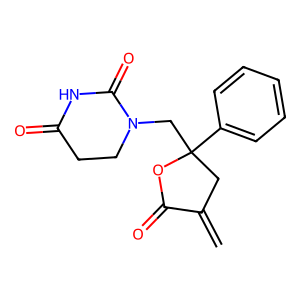
SMILES: C=C1CC(CN2CCC(=O)NC2=O)(c2ccccc2)OC1=O
Inhibits HIV replication: No